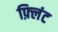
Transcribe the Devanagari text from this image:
फ़्लिंट